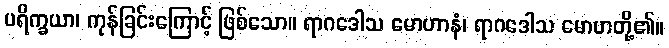
ပရိက္ခယာ၊ ကုန်ခြင်းကြောင့် ဖြစ်သော။ ရာဂဒေါသ မောဟာနံ၊ ရာဂဒေါသ မောဟတို့၏။